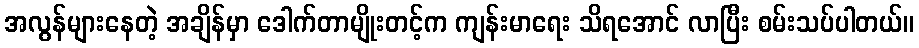
အလွန်များနေတဲ့ အချိန်မှာ ဒေါက်တာမျိုးတင့်က ကျန်းမာရေး သိရအောင် လာပြီး စမ်းသပ်ပါတယ်။